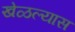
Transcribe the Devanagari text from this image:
खेळल्यास